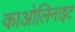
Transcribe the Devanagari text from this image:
काओलिनाइट